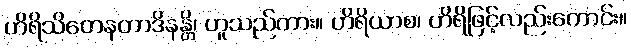
ဟိရိသိတေနတာဒိနန္တိ၊ ဟူသည်ကား။ ဟိရိယာစ၊ ဟိရိဖြင့်လည်းကောင်း။